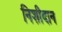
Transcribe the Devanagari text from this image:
निशीदान